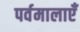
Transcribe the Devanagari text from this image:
पर्वमालाएँ